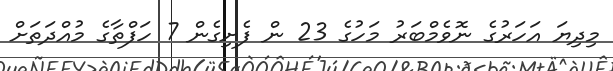
މިދިޔަ އަހަރުގެ ނޮވެމްބަރު މަހުގެ 23 ން ފެށިގެން 7 ހަފްތާގެ މުއްދަތަށް